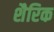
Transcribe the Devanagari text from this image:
शैरिक